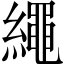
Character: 繩